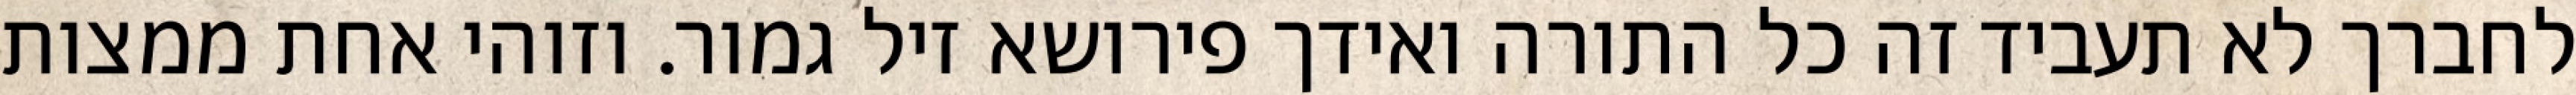
לחברך לא תעביד זה כל התורה ואידך פירושא זיל גמור. וזוהי אחת ממצות